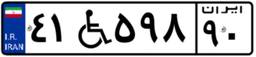
۴۱W۵۹۸۹۰